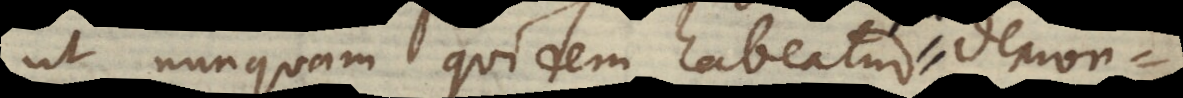
ut nunquam quidem habeatur demonst